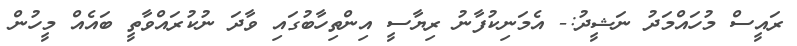
ރައީސް މުހައްމަދު ނަޝީދު:- އެމަނިކުފާނު ރިޔާސީ އިންތިހާބުގައި ވާދަ ނުކުރައްވާތީ ބައެއް މީހުން